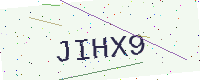
Text: JIHX9